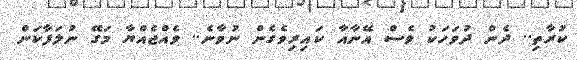
ކުރާތި.. ދެން ދުވަހަކު ވެސް އޭނާއާ ކައިރިވެގެން ނުވާނެ.. ވެއްޖެއްޔާ މަގޭ ނުލަފާކަން